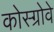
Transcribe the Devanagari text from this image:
कोस्ग्रोवे